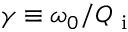
\gamma \equiv \omega _ { 0 } / Q _ { \mathrm { ~ i ~ } }